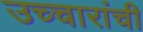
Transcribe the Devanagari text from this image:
उच्चारांची